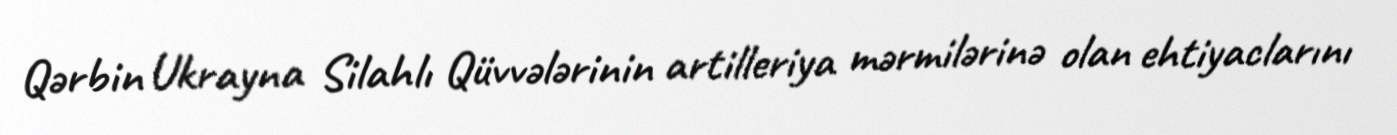
Qərbin Ukrayna Silahlı Qüvvələrinin artilleriya mərmilərinə olan ehtiyaclarını